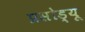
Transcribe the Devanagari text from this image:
प्रसोड्यू